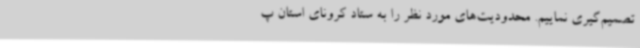
تصمیم‌گیری نماییم. محدودیت‌های مورد نظر را به ستاد کرونای استان پ